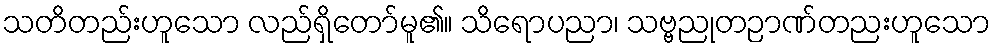
သတိတည်းဟူသော လည်ရှိတော်မူ၏။ သိရောပညာ၊ သဗ္ဗညုတဉာဏ်တညးဟူသော